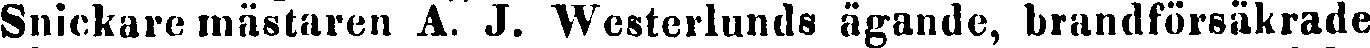
Snickare mästaren A. J. Westerlunds ägande, brandförsäkrade